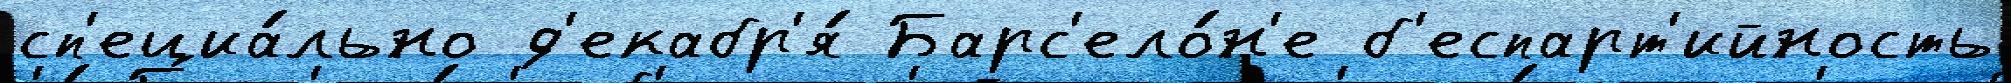
сп'ециа́льно д'екабр'я́ Барс'ело́н'е б'еспарт'ийность